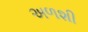
અળશી